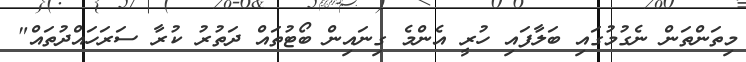
މިތަންތަން ނެގުމުގައި ބަލާފައި ހުރީ އެންމެ ގިނައިން ބޯޓުތައް ދަތުރު ކުރާ ސަރަހައްދުތައް"